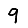
Digit: 9